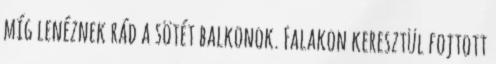
míg lenéznek rád a sötét balkonok. Falakon keresztül fojtott